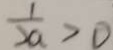
\frac { 1 } { 2 a } > 0